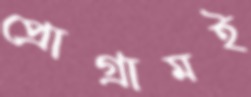
প্রোগ্রামই